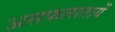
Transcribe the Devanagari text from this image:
असफलातायें